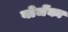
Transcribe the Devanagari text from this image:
बोजेंका